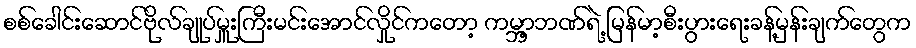
စစ်ခေါင်းဆောင်ဗိုလ်ချုပ်မှူးကြီးမင်းအောင်လှိုင်ကတော့ ကမ္ဘာ့ဘဏ်ရဲ့ မြန်မာ့စီးပွားရေးခန့်မှန်းချက်တွေက